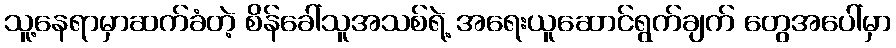
သူ့နေရာမှာဆက်ခံတဲ့ စိန်ခေါ်သူအသစ်ရဲ့ အရေးယူဆောင်ရွက်ချက် တွေအပေါ်မှာ